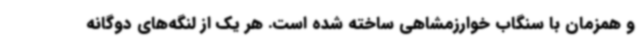
و همزمان با سنگاب خوارزمشاهی ساخته شده است. هر یک از لنگه‌های دوگانه